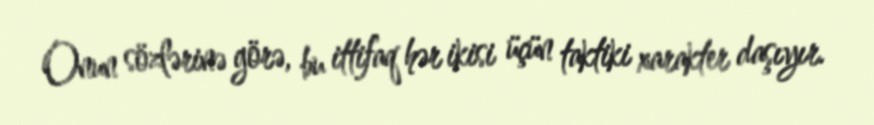
Onun sözlərinə görə, bu ittifaq hər ikisi üçün taktiki xarakter daşıyır.